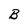
Character: B